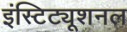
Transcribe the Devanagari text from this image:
इंस्टिट्यूशनल